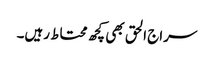
سراج الحق بھی کچھ محتاط رہیں۔